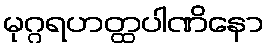
မုဂ္ဂရဟတ္ထပါဏိနော